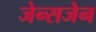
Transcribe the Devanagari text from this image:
जेन्सजेन